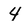
Character: 4